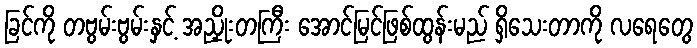
ခြင်ကို တဗွမ်းဗွမ်းနှင့် အညှိုးတကြီး အောင်မြင်ဖြစ်ထွန်းမည် ရှိသေးတာကို လရေတွေ